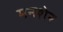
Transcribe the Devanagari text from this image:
मनशेर